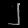
Digit: ၂